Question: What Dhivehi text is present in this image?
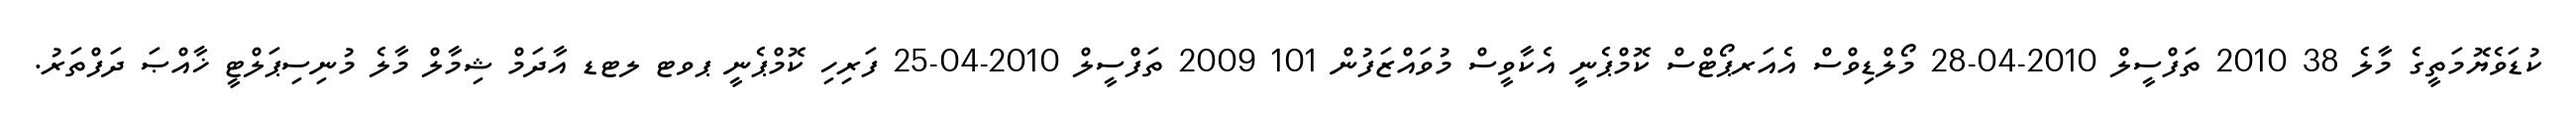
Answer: ކުޑަވެޔޮމަތީގެ މާލެ 38 2010 ތަފްސީލް 2010-04-28 މޯލްޑިވްސް އެއަރޕޯޓްސް ކޮމްޕެނީ އެކާވީސް މުވައްޒަފުން 101 2009 ތަފްސީލް 2010-04-25 ފަރިހި ކޮމްޕެނީ ޕވޓ ލޓޑ އާދަމް ޝިމާލް މާލެ މުނިސިޕަލްޓީ ޚާއްޞަ ދަފްތަރު.